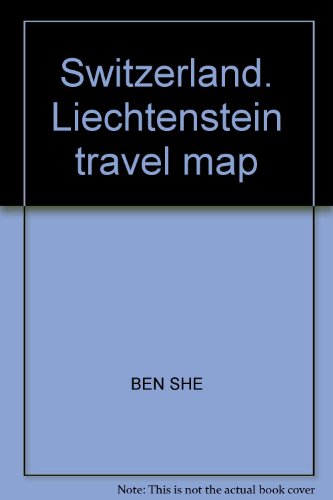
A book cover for Switzerland. Liechtenstein travel map; BEN SHE; Travel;